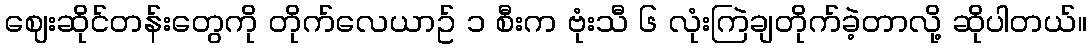
ဈေးဆိုင်တန်းတွေကို တိုက်လေယာဥ် ၁ စီးက ဗုံးသီ ၆ လုံးကြဲချတိုက်ခဲ့တာလို့ ဆိုပါတယ်။